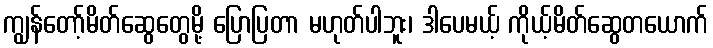
ကျွန်တော့်မိတ်ဆွေတွေမို့ ပြောပြတာ မဟုတ်ပါဘူး၊ ဒါပေမယ့် ကိုယ့်မိတ်ဆွေတယောက်